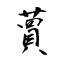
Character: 蕒